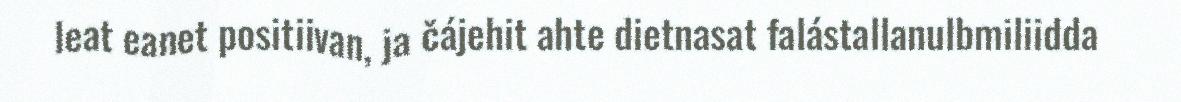
leat eanet positiivan, ja čájehit ahte dietnasat falástallanulbmiliidda